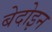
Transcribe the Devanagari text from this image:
बेदोइन